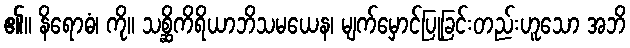
၏။ နိရောဓံ၊ ကို။ သစ္ဆိကိရိယာဘိသမယေန၊ မျက်မှောင်ပြုခြင်းတည်းဟူသော အဘိ